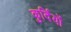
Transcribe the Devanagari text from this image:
कुर्दियों